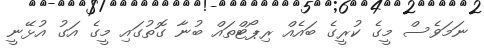
ނަމަވެސް މީގެ ކުރީގެ ބައެއް ރިޕޯޓްތައް ބުނާ ގޮތުގައި މީގެ އަގު އުޅޭނީ